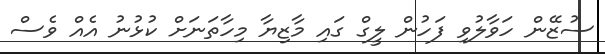
ސުޒޭން ހަވާލުވި ފަހުން ލީގް ގައި މާޒިޔާ މިހާތަނަށް ކުޅުނު އެއް ވެސް